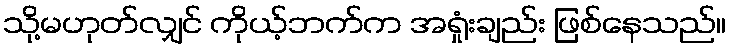
သို့မဟုတ်လျှင် ကိုယ့်ဘက်က အရှုံးချည်း ဖြစ်နေသည်။